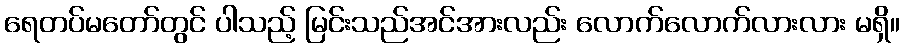
ရေတပ်မတော်တွင် ပါသည့် မြင်းသည်အင်အားလည်း လောက်လောက်လားလား မရှိ။